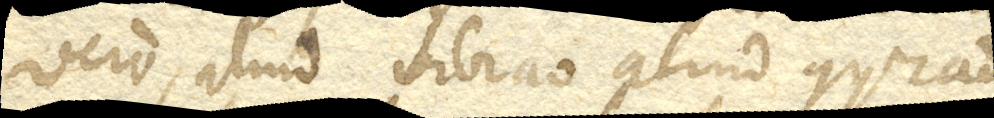
vero, aliud vibratio aliud gyratio.